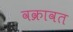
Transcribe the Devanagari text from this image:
वक्रावत